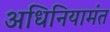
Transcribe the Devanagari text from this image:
अधिनियामंत